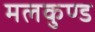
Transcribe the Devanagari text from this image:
मलकुण्ड